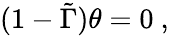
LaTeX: (1-\tilde{\Gamma})\theta=0\ ,